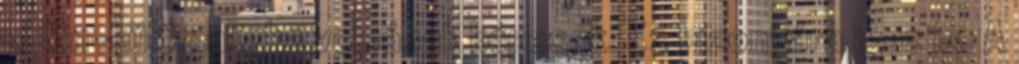
külön-külön aligha volnának képesek. Ez bizonyára igaz is. A